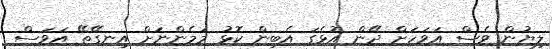
ލިޔުން ވެސް އަވަހަށް ދޭން އުޅެގަ އެބިން ކޮޅު މަމެންނަށް އިނގޭތޭ އަވަސް